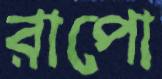
রাপো